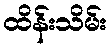
ထိန်းသိမ်း